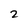
Character: 2